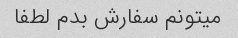
میتونم سفارش بدم لطفا